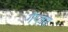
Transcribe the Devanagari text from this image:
गैप्लस